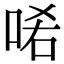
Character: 𠳈